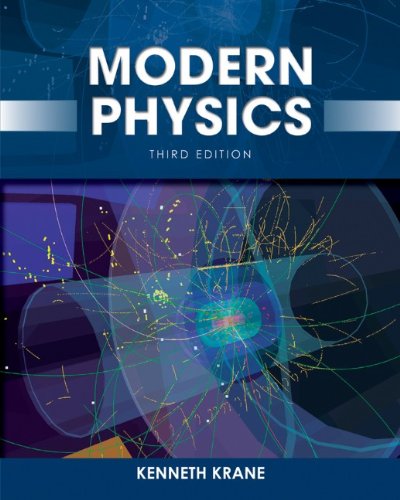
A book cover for Modern Physics; Kenneth S. Krane; Science & Math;